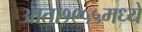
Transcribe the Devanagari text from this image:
आता१९५५मध्ये